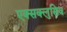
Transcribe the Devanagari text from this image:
एक्सक्लुसिव